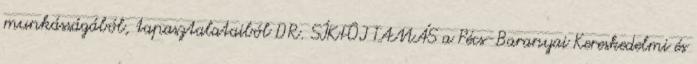
munkásságából, tapasztalataiból DR. SÍKFÔI TAMÁS a Pécs-Baranyai Kereskedelmi és